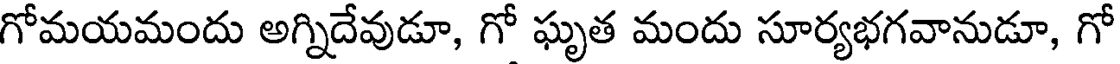
గోమయమందు అగ్నిదేవుడూ, గో ఘృత మందు సూర్యభగవానుడూ, గో